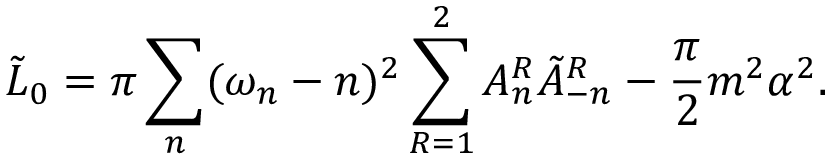
\tilde { L } _ { 0 } = \pi \sum _ { n } ( \omega _ { n } - n ) ^ { 2 } \sum _ { R = 1 } ^ { 2 } A _ { n } ^ { R } \tilde { A } _ { - n } ^ { R } - \frac { \pi } { 2 } m ^ { 2 } \alpha ^ { 2 } .